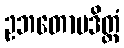
ဥဘတောပဒိတ္တံ